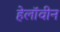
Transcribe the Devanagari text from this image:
हेलाॅवीन